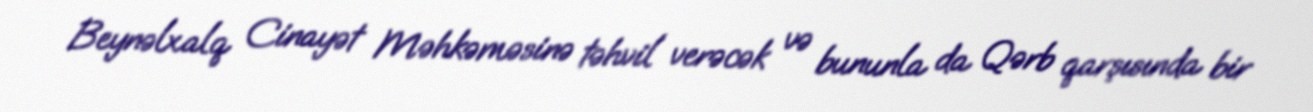
Beynəlxalq Cinayət Məhkəməsinə təhvil verəcək və bununla da Qərb qarşısında bir